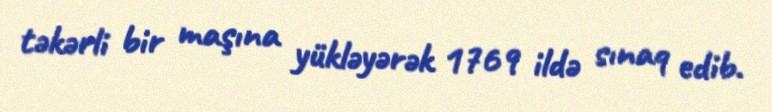
təkərli bir maşına yükləyərək 1769 ildə sınaq edib.